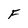
Character: F